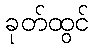
ခုတ်ထွင်